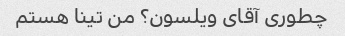
چطوری آقای ویلسون؟ من تینا هستم